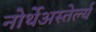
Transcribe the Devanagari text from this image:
नोर्थेअस्तेर्ल्य